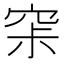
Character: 𰩊